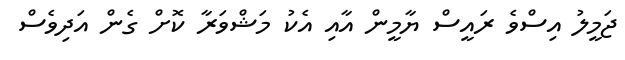
ޖަމީލު އިސްވެ ރައީސް ޔާމީން އާއި އެކު މަޝްވަރާ ކޮށް ގެން އަދިވެސް